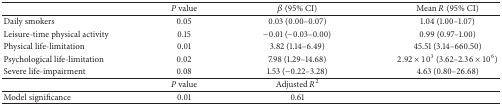
|  | P value | β (95% CI) | Mean R (95% CI) |
 | --- | --- | --- | --- |
 | Daily smokers | 0.05 | 0.03 (0.00–0.07) | 1.04 (1.00–1.07) |
 | Leisure-time physical activity | 0.15 | −0.01 (−0.03–0.00) | 0.99 (0.97–1.00) |
 | Physical life-limitation | 0.01 | 3.82 (1.14–6.49) | 45.51 (3.14–660.50) |
 | Psychological life-limitation | 0.02 | 7.98 (1.29–14.68) | 2.92 × 103 (3.62–2.36 × 106) |
 | Severe life-impairment | 0.08 | 1.53 (−0.22–3.28) | 4.63 (0.80–26.68) |
 |  | P value | Adjusted R2 |  |
 | Model significance | 0.01 | 0.61 |  |